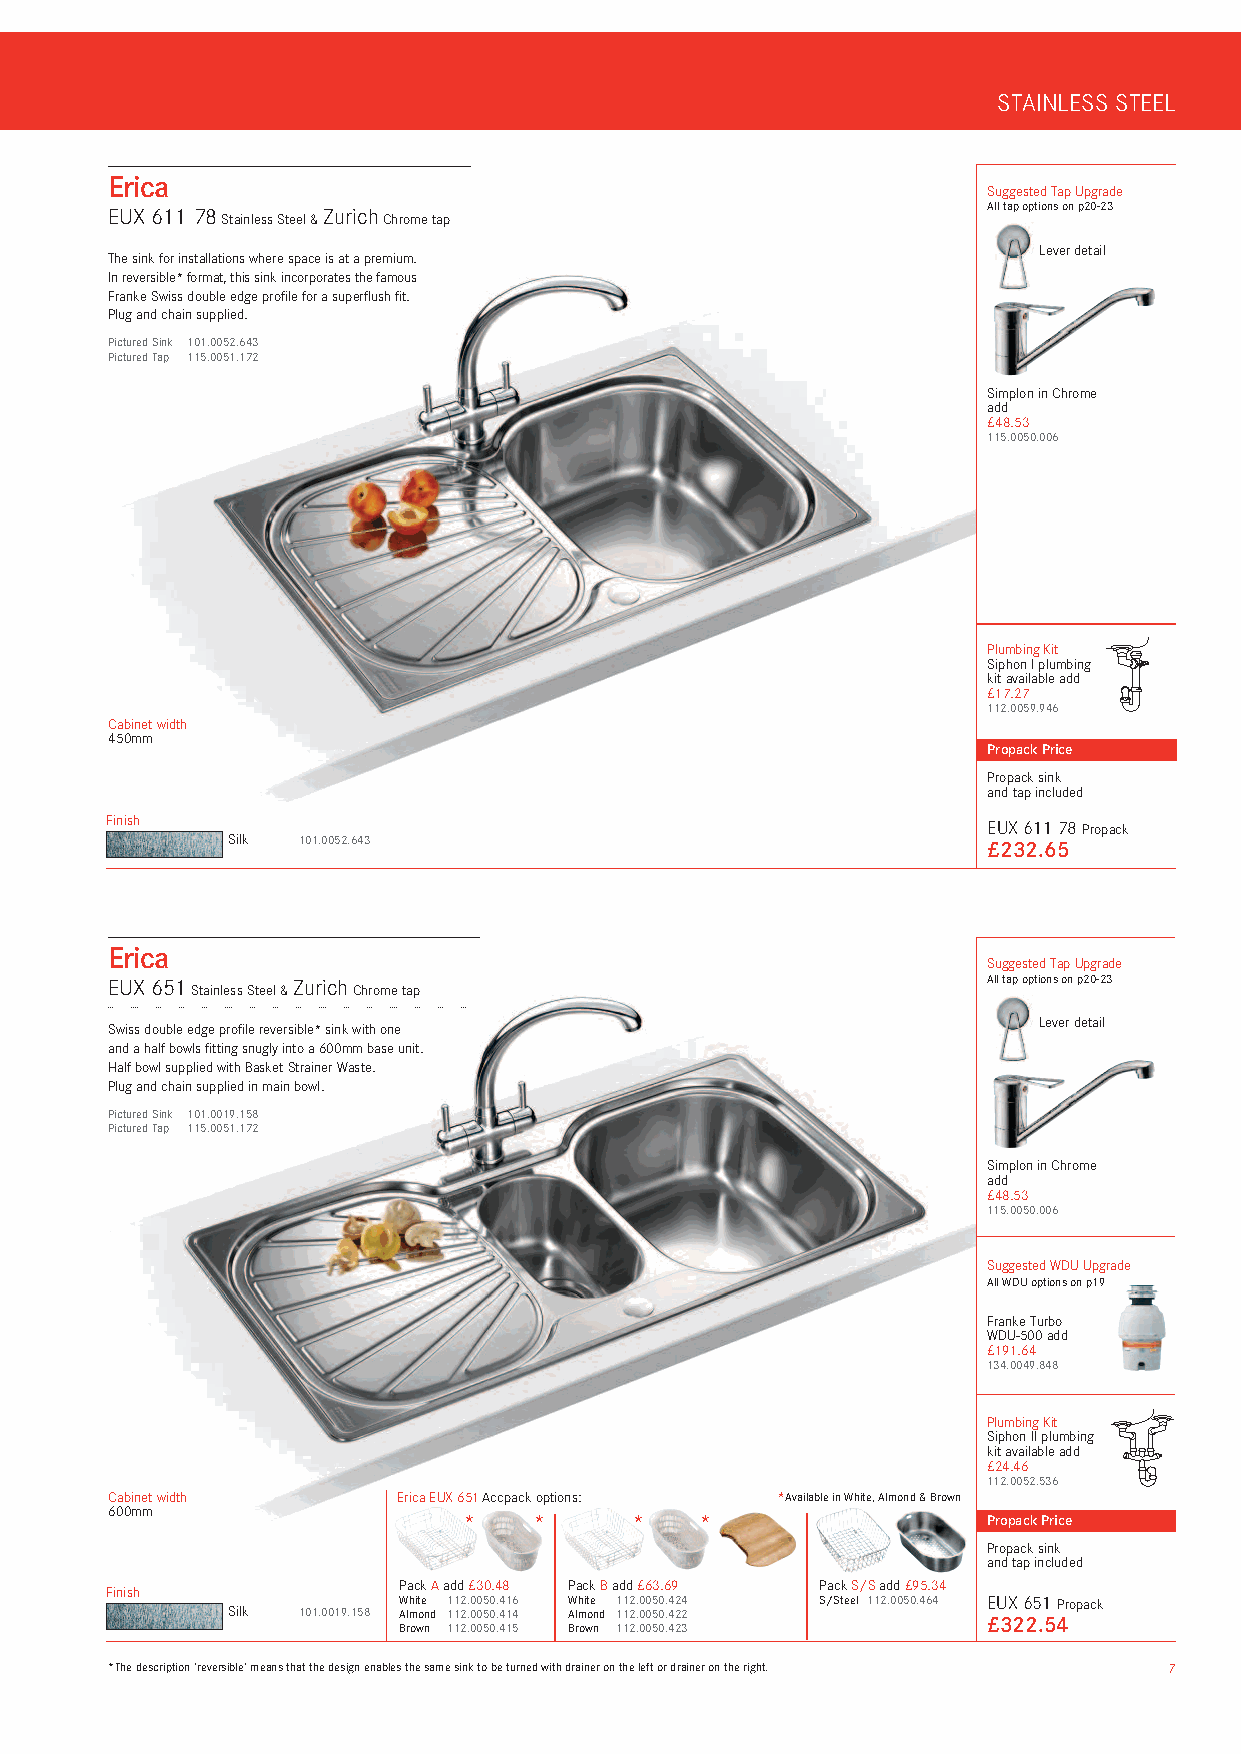
STAINLESS STEEL
 Erica
 Suggested Tap Upgrade
 EUX 611 78    Zurich                                      All tap options on p20-23
 Stainless Steel & Chrome tap
 Lever detail
 The sink for installations where space is at a premium.
 In reversible* format, this sink incorporates the famous
 Franke Swiss double edge profile for a superflush fit.
 Plug and chain supplied.
 Pictured Sink 101.0052.643
 Pictured Tap 115.0051.172
 Simplon in Chrome
 add
 £48.53
 115.0050.006
 Plumbing Kit
 Siphon I plumbing
 kit available add
 £17.27
 112.0059.946
 Cabinet width
 450mm
 Propack Price
 Propack sink
 and tap included
 Finish                                                    EUX 611 78 Propack
 Silk 101.0052.643                                 £232.65
 Erica
 Suggested Tap Upgrade
 EUX 651     Zurich                                        All tap options on p20-23
 Stainless Steel & Chrome tap
 Lever detail
 Swiss double edge profile reversible* sink with one
 and a half bowls fitting snugly into a 600mm base unit.
 Half bowl supplied with Basket Strainer Waste.
 Plug and chain supplied in main bowl.
 Pictured Sink 101.0019.158
 Pictured Tap 115.0051.172
 Simplon in Chrome
 add
 £48.53
 115.0050.006
 Suggested WDU Upgrade
 All WDU options on p19
 Franke Turbo
 WDU-500 add
 £191.64
 134.0049.848
 Plumbing Kit
 Siphon II plumbing
 kit available add
 £24.46
 112.0052.536
 Cabinet width      Erica EUX 651Accpack options: *Available in White, Almond & Brown
 600mm                   *   *      *   *                  Propack Price
 Propack sink
 and tap included
 Pack Aadd £30.48 Pack Badd £63.69 Pack S/Sadd £95.34
 Finish
 White 112.0050.416 White 112.0050.424 S/Steel 112.0050.464 EUX 651 Propack
 Silk 101.0019.158 Almond 112.0050.414 Almond 112.0050.422 £322.54
 Brown 112.0050.415 Brown 112.0050.423
 *The description ‘reversible’ means that the design enables the same sink to be turned with drainer on the left or drainer on the right. 7